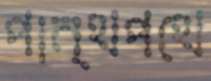
পান্থপথে